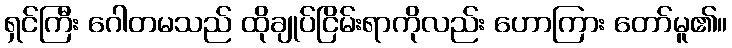
ရှင်ကြီး ဂေါတမသည် ထိုချုပ်ငြိမ်းရာကိုလည်း ဟောကြား တော်မူ၏။